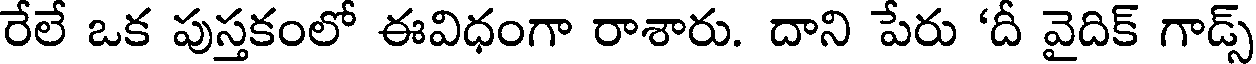
రేలే ఒక పుస్తకంలో ఈవిధంగా రాశారు. దాని పేరు 'దీ వైదిక్ గాడ్స్